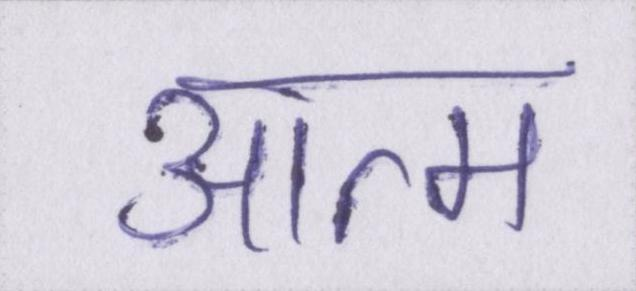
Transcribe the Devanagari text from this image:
आत्म